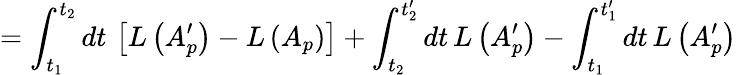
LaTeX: =\int_{t_{1}}^{t_{2}}dt\, \left[L\left(A_{p}^{\prime}\right)-L\left(A_{p}\right)\right]+\int_{t_{2}}^{t_{2}^{\prime}}dt\, L\left(A_{p}^{\prime}\right)-\int_{t_{1}}^{t_{1}^{\prime}}dt\, L\left(A_{p}^{\prime}\right)